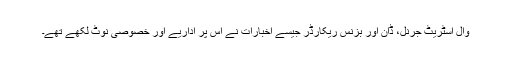
وال اسٹریٹ جرنل، ڈان اور بزنس ریکارڈر جیسے اخبارات نے اس پر اداریے اور خصوصی نوٹ لکھے تھے۔